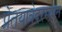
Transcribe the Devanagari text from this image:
प्रेतयात्रेदरम्यान